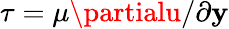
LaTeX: \tau=\mu\partialu/\partial\mathbf{y}